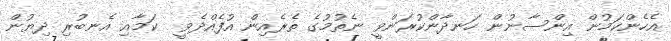
އެހެންކަމުން އިންސާނުން ހަނދާންކުރަންވީ ނެތުމުގެ ތެރެއިން އުފެއްދެވީ  ކަމާއި އެނބުރި ދިޔުން